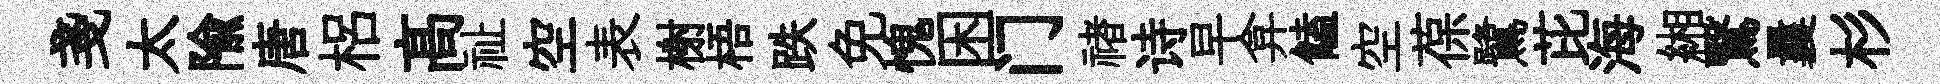
戔太隃唐梠髙祉空表榭梧跌免愧困门禇诗早弇饁空葆鷺芘海緗鷖曩杉